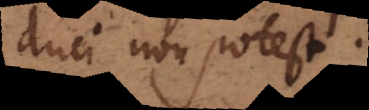
duci non potest.